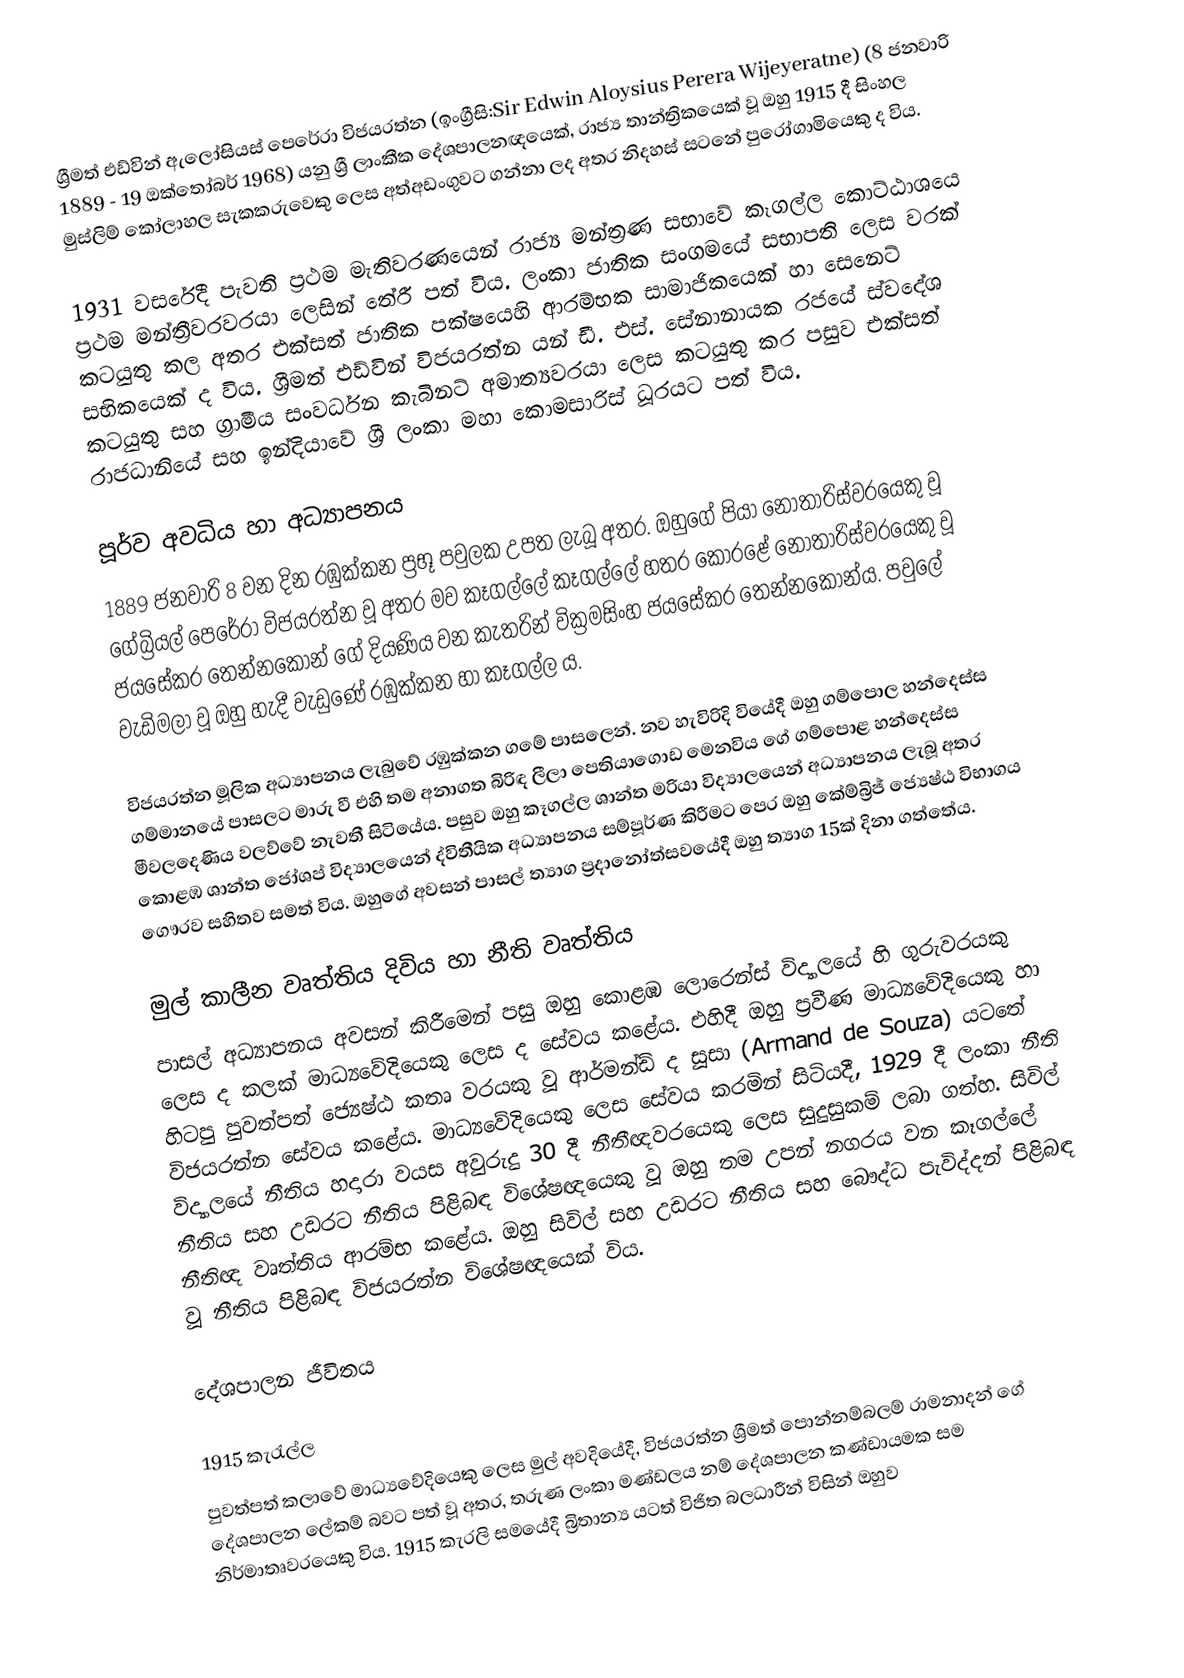
ශ්‍රීමත් එඩ්වින් ඇලෝසියස් පෙරේරා විජයරත්න  (ඉංග්‍රීසි:Sir Edwin Aloysius Perera Wijeyeratne) (8 ජනවාරි 1889 - 19 ඔක්තෝබර් 1968) යනු ශ්‍රී ලාංකීක දේශපාලනඥයෙක්, රාජ්‍ය තාන්ත්‍රිකයෙක් වූ ඔහු 1915 දී සිංහල මුස්ලිම් කෝලාහල සැකකරුවෙකු ලෙස අත්අඩංගුවට ගන්නා ලද අතර නිදහස් සටනේ පුරෝගාමියෙකු ද විය.

1931 වසරේදී පැවති ප්‍රථම මැතිවරණයෙන් රාජ්‍ය මන්ත්‍රණ සභාවේ කෑගල්ල කොට්ඨාශයෙ  ප්‍රථම මන්ත්‍රීවරවරයා ලෙසින් තේරී පත් විය. ලංකා ජාතික සංගමයේ සභාපති ලෙස වරක් කටයුතු කල අතර එක්සත් ජාතික පක්ෂයෙහි ආරම්භක සාමාජිකයෙක් හා සෙනෙට් සභිකයෙක් ද විය. ශ්‍රීමත් එඩ්වින් විජයරත්න යන් ඩී. එස්. සේනානායක රජයේ ස්වදේශ කටයුතු සහ ග්‍රාමීය සංවර්ධන කැබිනට් අමාත්‍යවරයා ලෙස කටයුතු කර පසුව එක්සත් රාජධානියේ සහ ඉන්දියාවේ ශ්‍රී ලංකා මහා කොමසාරිස් ධූරයට පත් විය.

පූර්ව අවධිය හා අධ්‍යාපනය
1889 ජනවාරි 8 වන දින රඹුක්කන ප්‍රභූ පවුලක උපත ලැබූ අතර. ඔහුගේ පියා නොතාරිස්වරයෙකු වූ ගේබ්‍රියල් පෙරේරා විජයරත්න වූ අතර මව කෑගල්ලේ කෑගල්ලේ හතර කෝරළේ නොතාරිස්වරයෙකු වූ ජයසේකර තෙන්නකෝන් ගේ දියණිය වන කැතරින් වික්‍රමසිංහ ජයසේකර තෙන්නකෝන්ය. පවුලේ වැඩිමලා වූ ඔහු හැදී වැඩුණේ  රඹුක්කන හා කෑගල්ල ය.

විජයරත්න මූලික අධ්‍යාපනය ලැබුවේ රඹුක්කන ගමේ පාසලෙන්. නව හැවිරිදි වියේදී ඔහු ගම්පොල හන්දෙස්ස ගම්මානයේ පාසලට මාරු වී එහි තම අනාගත බිරිඳ ලීලා පෙතියාගොඩ මෙනවිය ගේ ගම්පොළ හන්දෙස්ස මීවලදෙණිය වලව්වේ නැවතී සිටියේය. පසුව ඔහු කෑගල්ල ශාන්ත මරියා විද්‍යාලයෙන් අධ්‍යාපනය ලැබූ අතර කොළඹ ශාන්ත ජෝශප් විද්‍යාලයෙන් ද්විතීයික අධ්‍යාපනය සම්පූර්ණ කිරීමට පෙර ඔහු කේම්බ්‍රිජ් ජ්‍යෙෂ්ඨ විභාගය ගෞරව සහිතව සමත් විය. ඔහුගේ අවසන් පාසල් ත්‍යාග ප්‍රදානෝත්සවයේදී ඔහු ත්‍යාග 15ක් දිනා ගත්තේය.

මුල් කාලීන වෘත්තිය දිවිය හා නීති වෘත්තිය
පාසල් අධ්‍යාපනය අවසන් කිරීමෙන් පසු ඔහු කොළඹ ලොරෙන්ස් විද්‍යාලයේ හි ගුරුවරයකු ලෙස ද කලක් මාධ්‍යවේදියෙකු ලෙස ද සේවය කළේය.  එහිදී ඔහු ප්‍රවීණ මාධ්‍යවේදියෙකු හා හිටපු පුවත්පත් ජ්‍යෙෂ්ඨ කතෘ වරයකු වූ ආර්මන්ඩ් ද සූසා (Armand de Souza) යටතේ විජයරත්න සේවය කළේය.  මාධ්‍යවේදියෙකු ලෙස සේවය කරමින් සිටියදී, 1929 දී ලංකා නීති විද්‍යාලයේ නීතිය හදාරා වයස අවුරුදු 30 දී නීතීඥවරයෙකු ලෙස සුදුසුකම් ලබා ගත්හ. සිවිල් නීතිය සහ උඩරට නීතිය පිළිබඳ විශේෂඥයෙකු වූ ඔහු තම උපන් නගරය වන කෑගල්ලේ නීතිඥ වෘත්තිය ආරම්භ කළේය. ඔහු සිවිල් සහ උඩරට නීතිය සහ බෞද්ධ පැවිද්දන් පිළිබඳ වූ නීතිය පිළිබඳ විජයරත්න විශේෂඥයෙක් විය.

දේශපාලන ජීවිතය

1915 කැරැල්ල
පුවත්පත් කලාවේ මාධ්‍යවේදියෙකු ලෙස මුල් අවදියේදී, විජයරත්න ශ්‍රීමත් පොන්නම්බලම් රාමනාදන් ගේ දේශපාලන ලේකම් බවට පත් වූ අතර, තරුණ ලංකා මණ්ඩලය නම් දේශපාලන කණ්ඩායමක සම නිර්මාතෘවරයෙකු විය. 1915 කැරලි සමයේදී බ්‍රිතාන්‍ය යටත් විජිත බලධාරීන් විසින් ඔහුව